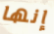
إنها